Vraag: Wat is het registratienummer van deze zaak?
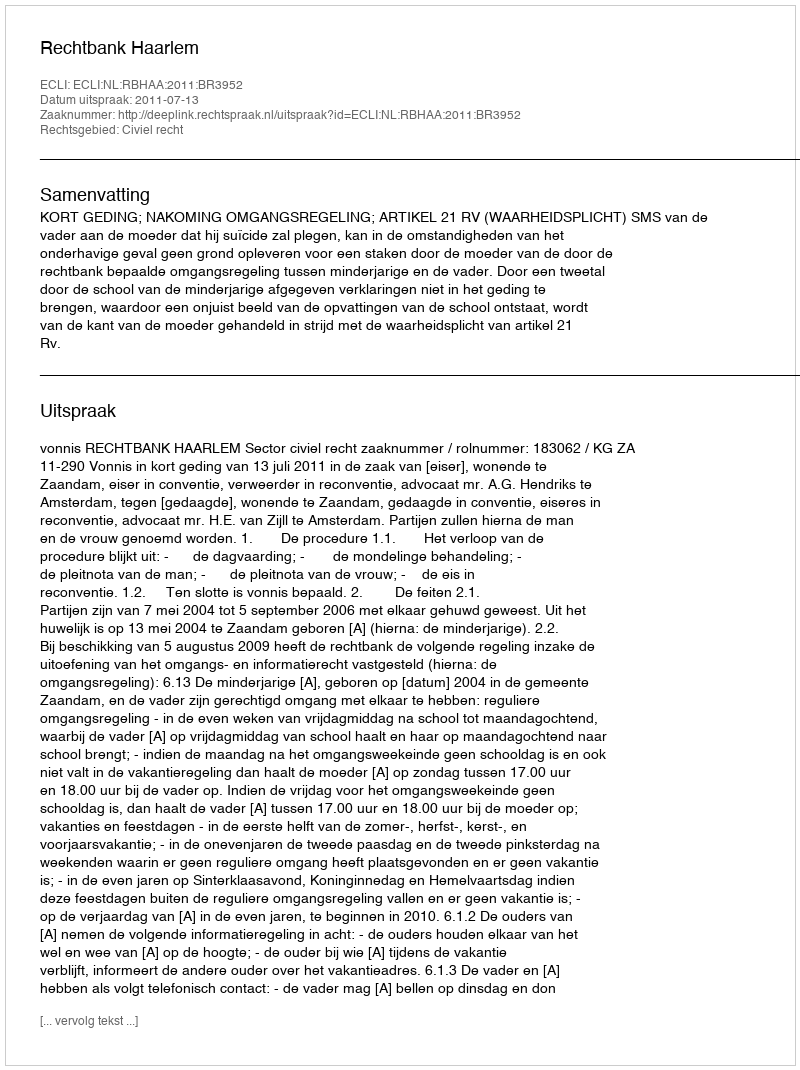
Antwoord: http://deeplink.rechtspraak.nl/uitspraak?id=ECLI:NL:RBHAA:2011:BR3952